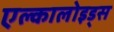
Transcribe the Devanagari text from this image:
एल्कालोइड्स